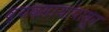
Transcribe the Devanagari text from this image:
व्यवसायांपासून